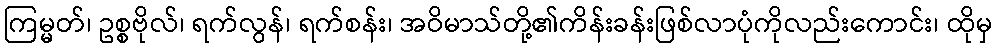
ကြမ္မတ်၊ ဥစ္စဗိုလ်၊ ရက်လွန်၊ ရက်စန်း၊ အဝိမာသ်တို့၏ကိန်းခန်းဖြစ်လာပုံကိုလည်းကောင်း၊ ထိုမှ